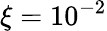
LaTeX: \xi=10^{-2}